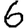
Digit: 6